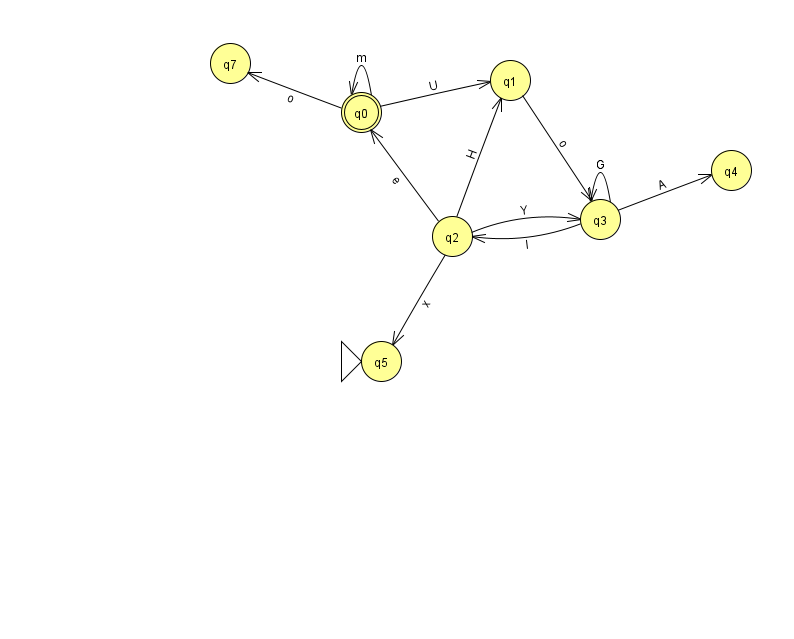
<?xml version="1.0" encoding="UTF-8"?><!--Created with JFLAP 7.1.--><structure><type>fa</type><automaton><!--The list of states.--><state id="0" name="q0"><x>361.0</x><y>99.0</y><final/></state><state id="1" name="q1"><x>510.0</x><y>67.0</y></state><state id="2" name="q2"><x>452.0</x><y>223.0</y></state><state id="3" name="q3"><x>600.0</x><y>206.0</y></state><state id="4" name="q4"><x>731.0</x><y>157.0</y></state><state id="5" name="q5"><x>381.0</x><y>348.0</y><initial/></state><state id="7" name="q7"><x>230.0</x><y>50.0</y></state><!--The list of transitions.--><transition><from>0</from><to>7</to><read>o</read></transition><transition><from>3</from><to>4</to><read>A</read></transition><transition><from>3</from><to>2</to><read>l</read></transition><transition><from>1</from><to>3</to><read>o</read></transition><transition><from>2</from><to>3</to><read>Y</read></transition><transition><from>3</from><to>3</to><read>G</read></transition><transition><from>0</from><to>1</to><read>U</read></transition><transition><from>2</from><to>1</to><read>H</read></transition><transition><from>2</from><to>5</to><read>x</read></transition><transition><from>0</from><to>0</to><read>m</read></transition><transition><from>2</from><to>0</to><read>e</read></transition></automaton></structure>